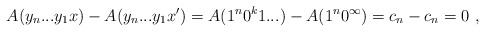
\begin{align*}A(y_n...y_1x) - A(y_n...y_1x') =A(1^n0^k1...) - A(1^n 0^\infty) =c_n - c_n = 0 \ ,\end{align*}